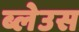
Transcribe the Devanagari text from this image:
ब्लेउस